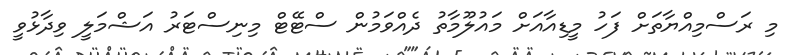
މި ރަސްމިއްޔާތަށް ފަހު މީޑިއާއަށް މައުލޫމާތު ދެއްވަމުން ސްޓޭޓް މިނިސްޓަރު އަޝްމަލީ ވިދާޅުވީ